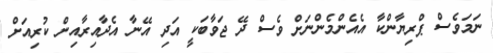
ނަމަވެސް ޕްރިޔާންކާ އެއެންމެންނަށް ވެސް ދޭ ޖަވާބަކީ އަދި އޭނާ އެދާއިރާއިން ކުރިއަށް